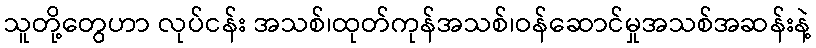
သူတို့တွေဟာ လုပ်ငန်း အသစ်၊ထုတ်ကုန်အသစ်၊ဝန်ဆောင်မှုအသစ်အဆန်းနဲ့